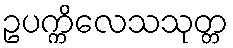
ဥပက္ကိလေသသုတ္တ